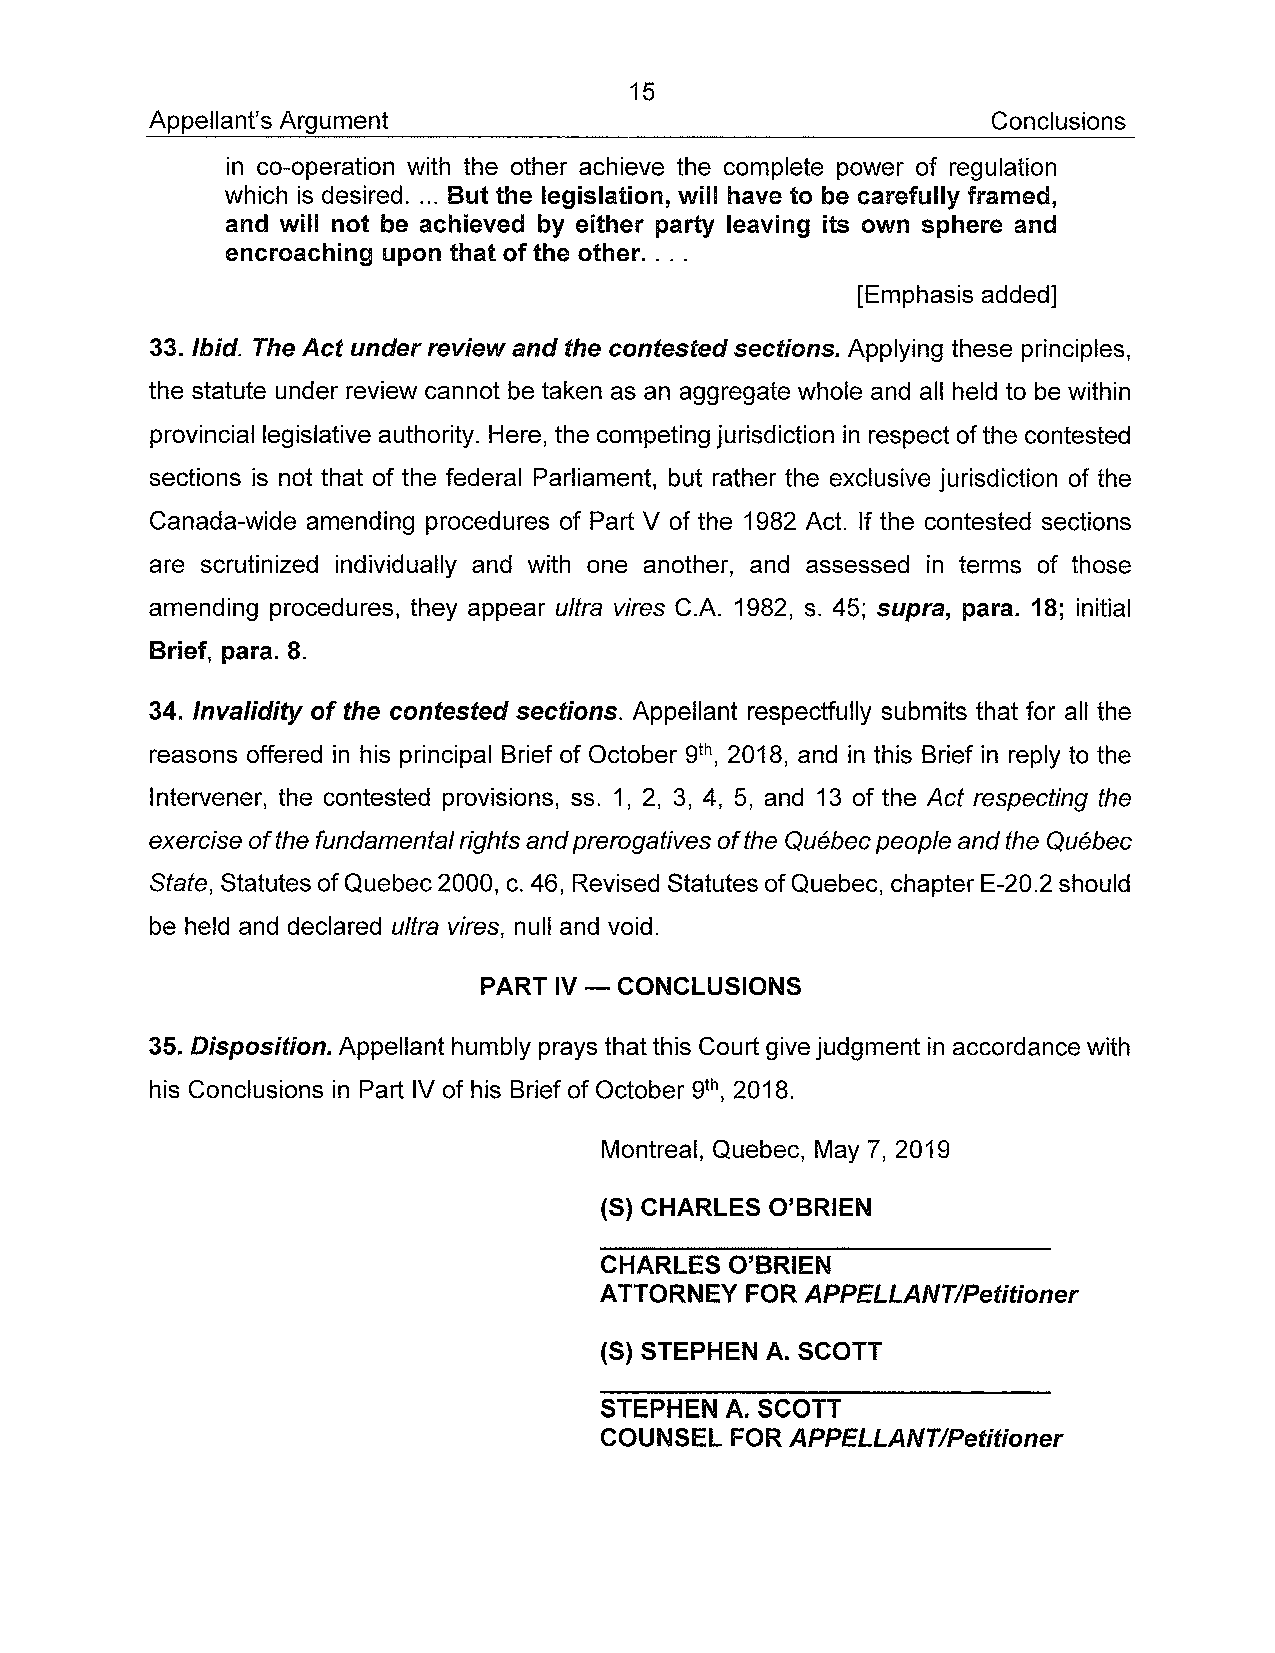
15
 Appellant's Argument                                    Conclusions
 in co-operation with the other achieve the complete power of regulation
 which is desired .... But the legislation, will have to be carefully framed,
 and will not be achieved by either party leaving its own sphere and
 encroaching upon that of the other. ...
 [Emphasis added]
 33. Ibid. The Act un der review and the contested sections. Applying these princip les,
 the statute under review cannot be taken as an aggregate whole and ail he Id to be within
 provincial legislative authority. Here, the competing jurisdiction in respect of the contested
 sections is not that of the federal Parliament, but rather the exclusive jurisdiction of the
 Canada-wide amending procedures of Part V of the 1982 Act. If the contested sections
 are scrutinized individually and with one another, and assessed in terms of those
 amending procedures, they appear ultra vires C.A. 1982, s. 45; supra, para. 18; initial
 Brief, para. 8.
 34. Invalidity of the contested sections. Appellant respectfully submits that for ail the
 reasons offered in his principal Brief of October 9th, 2018, and in this Brief in reply to the
 Intervener, the contested provisions, ss. 1, 2, 3, 4, 5, and 13 of the Act respecting the
 exercise of the fundamental rights and prerogatives of the Québec people and the Québec
 State, Statutes of Quebec 2000, c. 46, Revised Statutes of Quebec, chapter E-20.2 should
 be he Id and declared ultra vires, null and void.
 PART IV - CONCLUSIONS
 35. Disposition. Appellant humbly prays that this Court give judgment in accordance with
 his Conclusions in Part IV of his Brief of October 9th, 2018.
 Montreal, Quebec, May 7,2019
 (S) CHARLES O'BRIEN
 CHARLES O'BRIEN
 ATTORNEY FOR APPELLANT/Petitioner
 (S) STEPHEN A. SCOTT
 STEPHEN A. SCOTT
 COUNSEL FOR APPELLANT/Petitioner